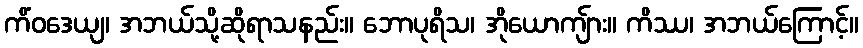
ကိံဝဒေယျ၊ အဘယ်သို့ဆိုရာသနည်း။ ဘောပုရိသ၊ အိုယောကျ်ား။ ကိဿ၊ အဘယ်ကြောင့်။